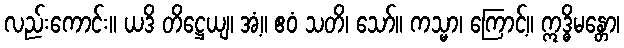
လည်းကောင်း။ ယဒိ တိဋ္ဌေယျ၊ အံ့။ ဧဝံ သတိ၊ သော်။ ကသ္မာ၊ ကြောင့်။ ဣဒ္ဓိမန္တော၊